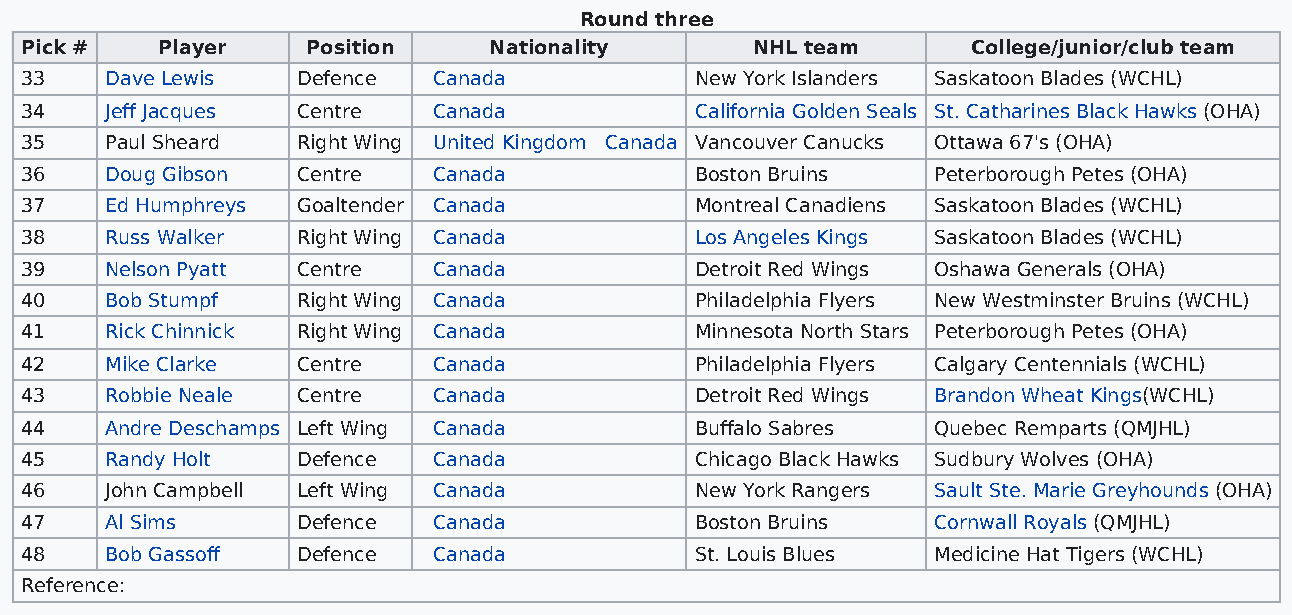
Round three
 Pick #   Player    Position    Nationality       NHL team      College/junior/club team
 33    Dave Lewis   Defence  Canada           New York Islanders Saskatoon Blades (WCHL)
 34    Jeff Jacques Centre   Canada           California Golden Seals St. Catharines Black Hawks (OHA)
 35    Paul Sheard  Right Wing United Kingdom Canada Vancouver Canucks Ottawa 67's (OHA)
 36    Doug Gibson  Centre   Canada           Boston Bruins   Peterborough Petes (OHA)
 37    Ed Humphreys Goaltender Canada         Montreal Canadiens Saskatoon Blades (WCHL)
 38    Russ Walker  Right Wing Canada         Los Angeles Kings Saskatoon Blades (WCHL)
 39    Nelson Pyatt Centre   Canada           Detroit Red Wings Oshawa Generals (OHA)
 40    Bob Stumpf   Right Wing Canada         Philadelphia Flyers New Westminster Bruins (WCHL)
 41    Rick Chinnick Right Wing Canada        Minnesota North Stars Peterborough Petes (OHA)
 42    Mike Clarke  Centre   Canada           Philadelphia Flyers Calgary Centennials (WCHL)
 43    Robbie Neale Centre   Canada           Detroit Red Wings Brandon Wheat Kings(WCHL)
 44    Andre Deschamps Left Wing Canada       Buffalo Sabres  Quebec Remparts (QMJHL)
 45    Randy Holt   Defence  Canada           Chicago Black Hawks Sudbury Wolves (OHA)
 46    John Campbell Left Wing Canada         New York Rangers Sault Ste. Marie Greyhounds (OHA)
 47    Al Sims      Defence  Canada           Boston Bruins   Cornwall Royals (QMJHL)
 48    Bob Gassoff  Defence  Canada           St. Louis Blues Medicine Hat Tigers (WCHL)
 Reference: